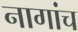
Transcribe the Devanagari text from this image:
नागांच